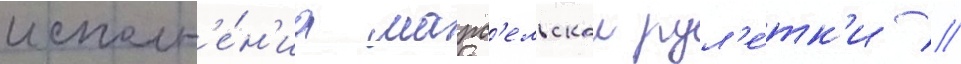
исполн'е́н'иа марс'ельскои рул'е́тк'и //